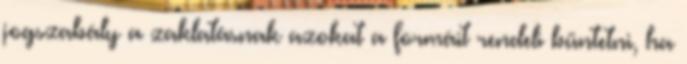
jogszabály a zaklatásnak azokat a formáit rendeli büntetni, ha